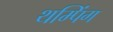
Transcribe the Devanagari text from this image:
थम्पिंग